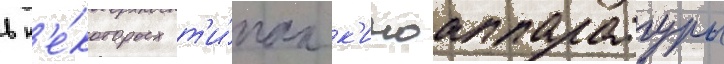
в н'е́которых т'и́пах к'иноаппаратуры